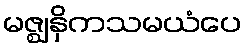
မဇ္ဈနှိကသမယံပေ